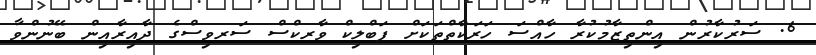
6. ސަރުކާރުން އިންތިޒާމުކުރާ ހާއްސަ ހަރަކާތްތަކަށް ޕަބްލިކް ވާރކްސް ސަރވިސްގެ ދާއިރާއިން ބޭނުންވާ